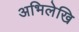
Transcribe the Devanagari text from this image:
अभिलेखि